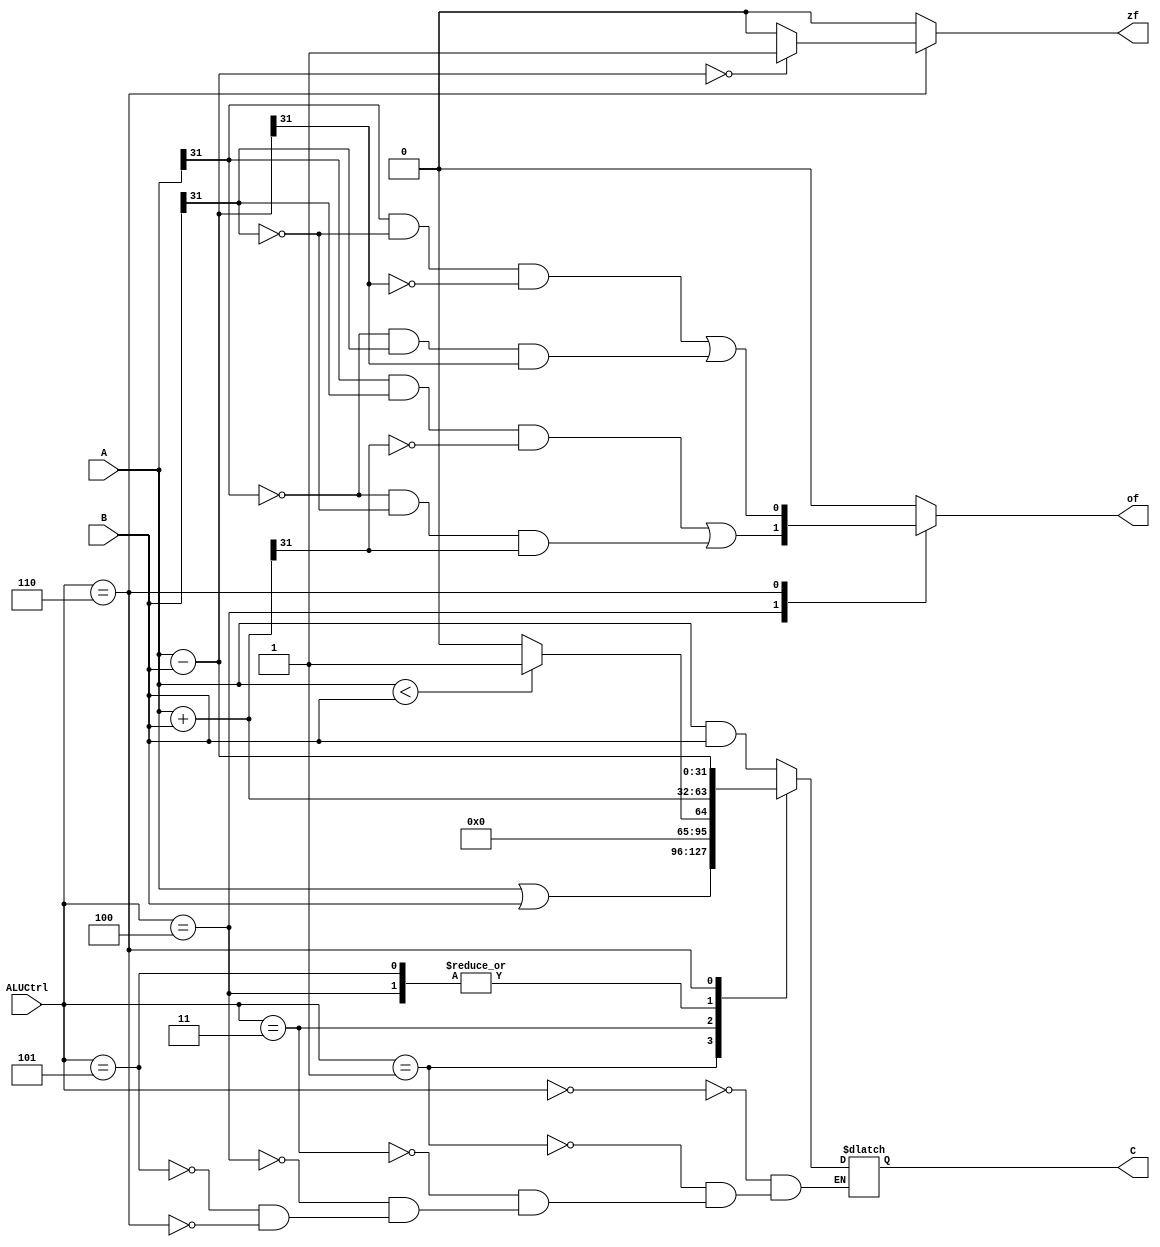
module ALU32(
    input[2:0] ALUCtrl,
    input[31:0] A,
    input[31:0] B,
    output[31:0] C,
    output zf,
    output of
    );
    reg[31:0] C;
    reg of;
    reg zf;
    always@(*)
    begin
        of = 0;zf = 0;
        case(ALUCtrl)
        3'b000:C = A & B;
        3'b001:C = A | B;
        3'b011:C = (A < B) ? 1 : 0;
        3'b100:
        begin
            C = A + B;
            of = (A[31] & B[31] & (~C[31])) | ((~A[31])&(~B[31])&C[31]);
        end
        3'b101:C = A + B;
        3'b110:
        begin
            C = A - B;
            if(C == 0)
                zf = 1;
            of = (A[31] & (~B[31]) & (~C[31])) | ((~A[31])&B[31]&C[31]);
        end
        default:;
        endcase
    end
endmodule